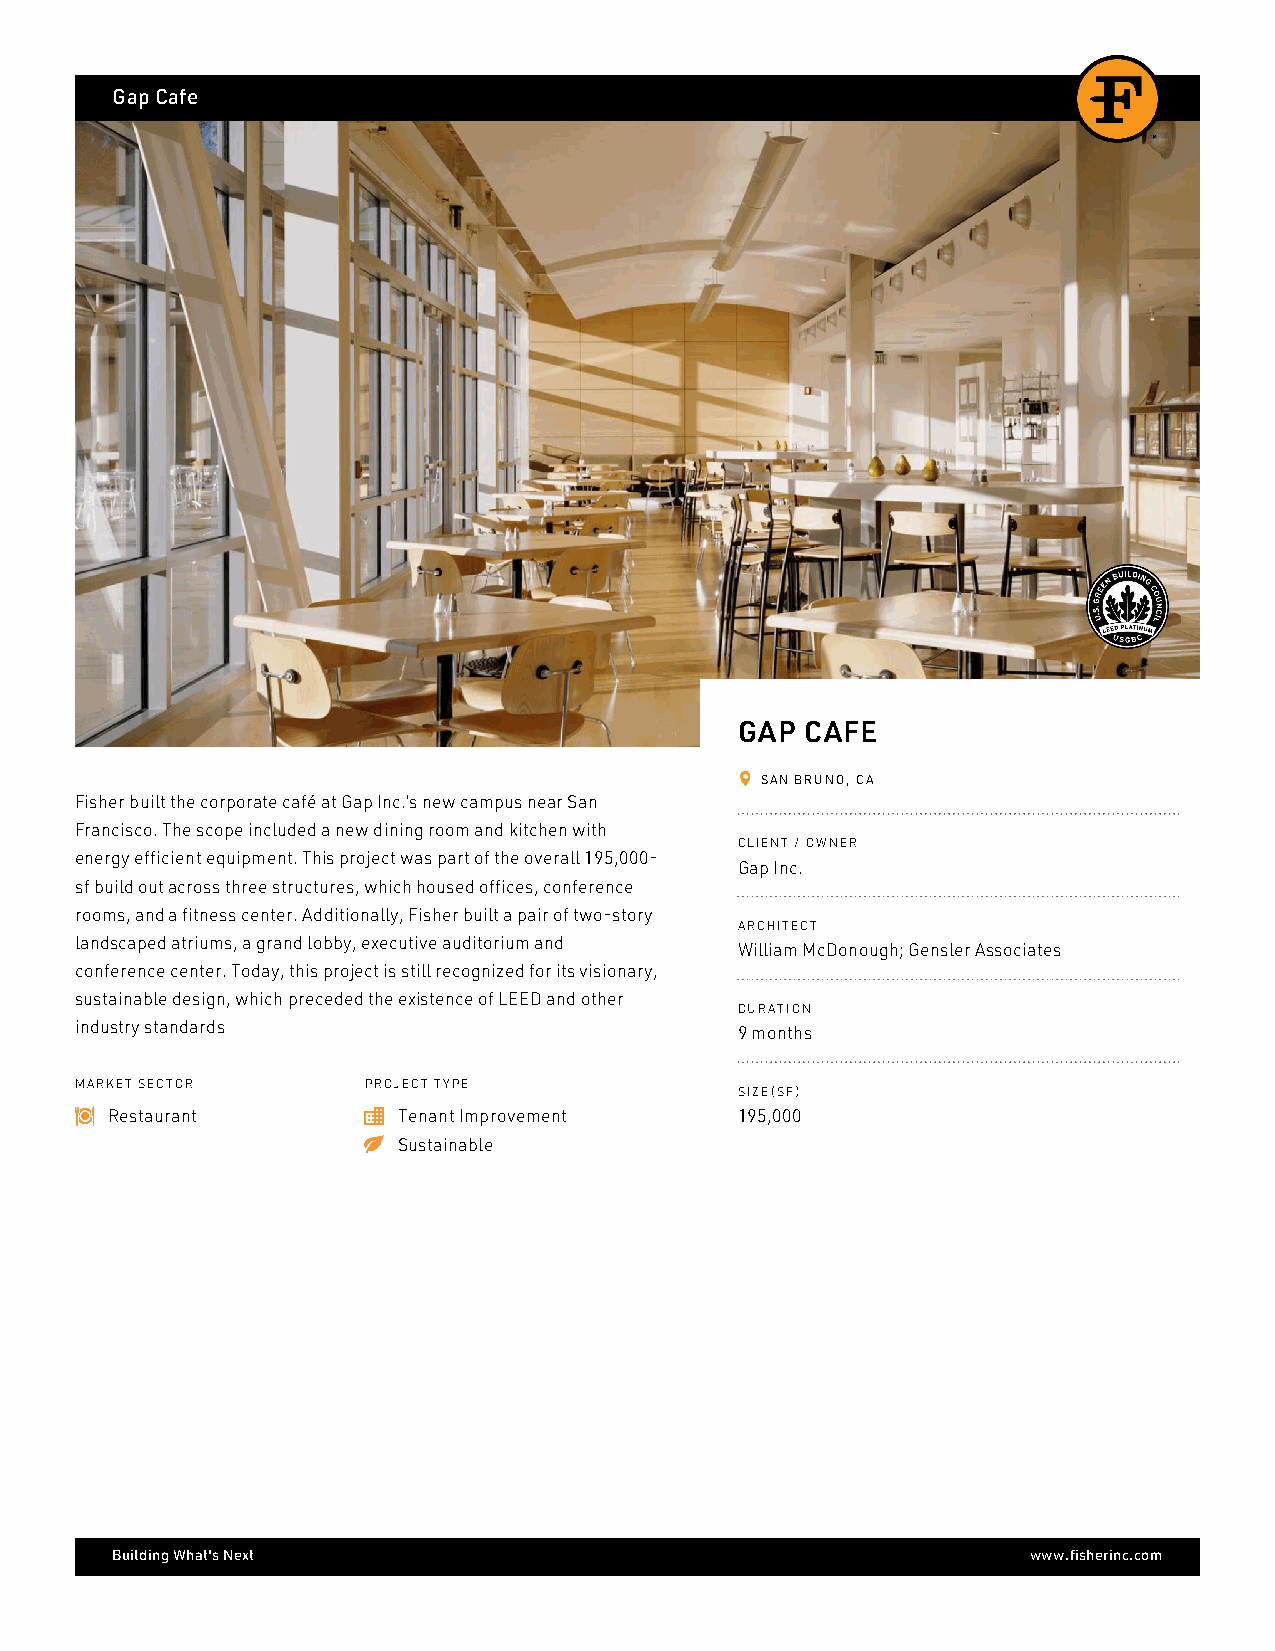
Gap Cafe
 GAP CAFE
 SAN BRUNO, CA
 Fisher built the corporate café at Gap Inc.’s new campus near San
 Francisco. The scope included a new dining room and kitchen with
 CLIENT / OWNER
 energy efficient equipment. This project was part of the overall 195,000-
 Gap Inc.
 sf build out across three structures, which housed offices, conference
 rooms, and a fitness center. Additionally, Fisher built a pair of two-story
 ARCHITECT
 landscaped atriums, a grand lobby, executive auditorium and
 William McDonough; Gensler Associates
 conference center. Today, this project is still recognized for its visionary,
 sustainable design, which preceded the existence of LEED and other
 DURATION
 industry standards                          9 months
 MARKET SECTOR      PROJECT TYPE
 SIZE(SF)
 Restaurant         Tenant Improvement     195,000
 Sustainable
 Building What's Next                                         www.fisherinc.com